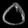
Digit: ၀